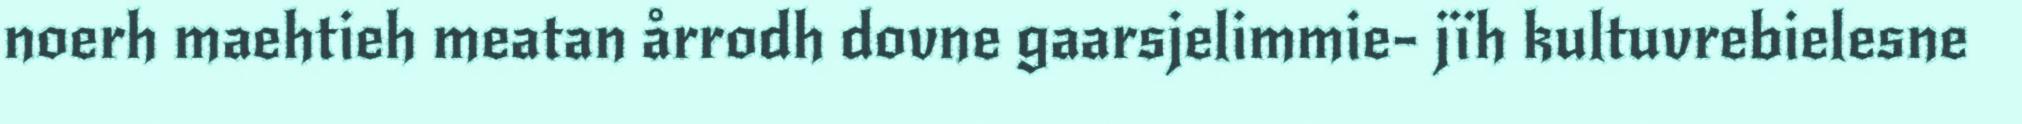
noerh maehtieh meatan årrodh dovne gaarsjelimmie- jïh kultuvrebielesne